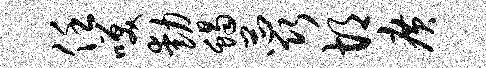
任笑动蝎蕊胡广